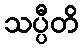
သပ္ပီတိ